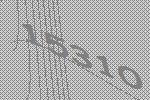
15310